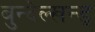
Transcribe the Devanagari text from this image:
बुन्देल्खन्ड्